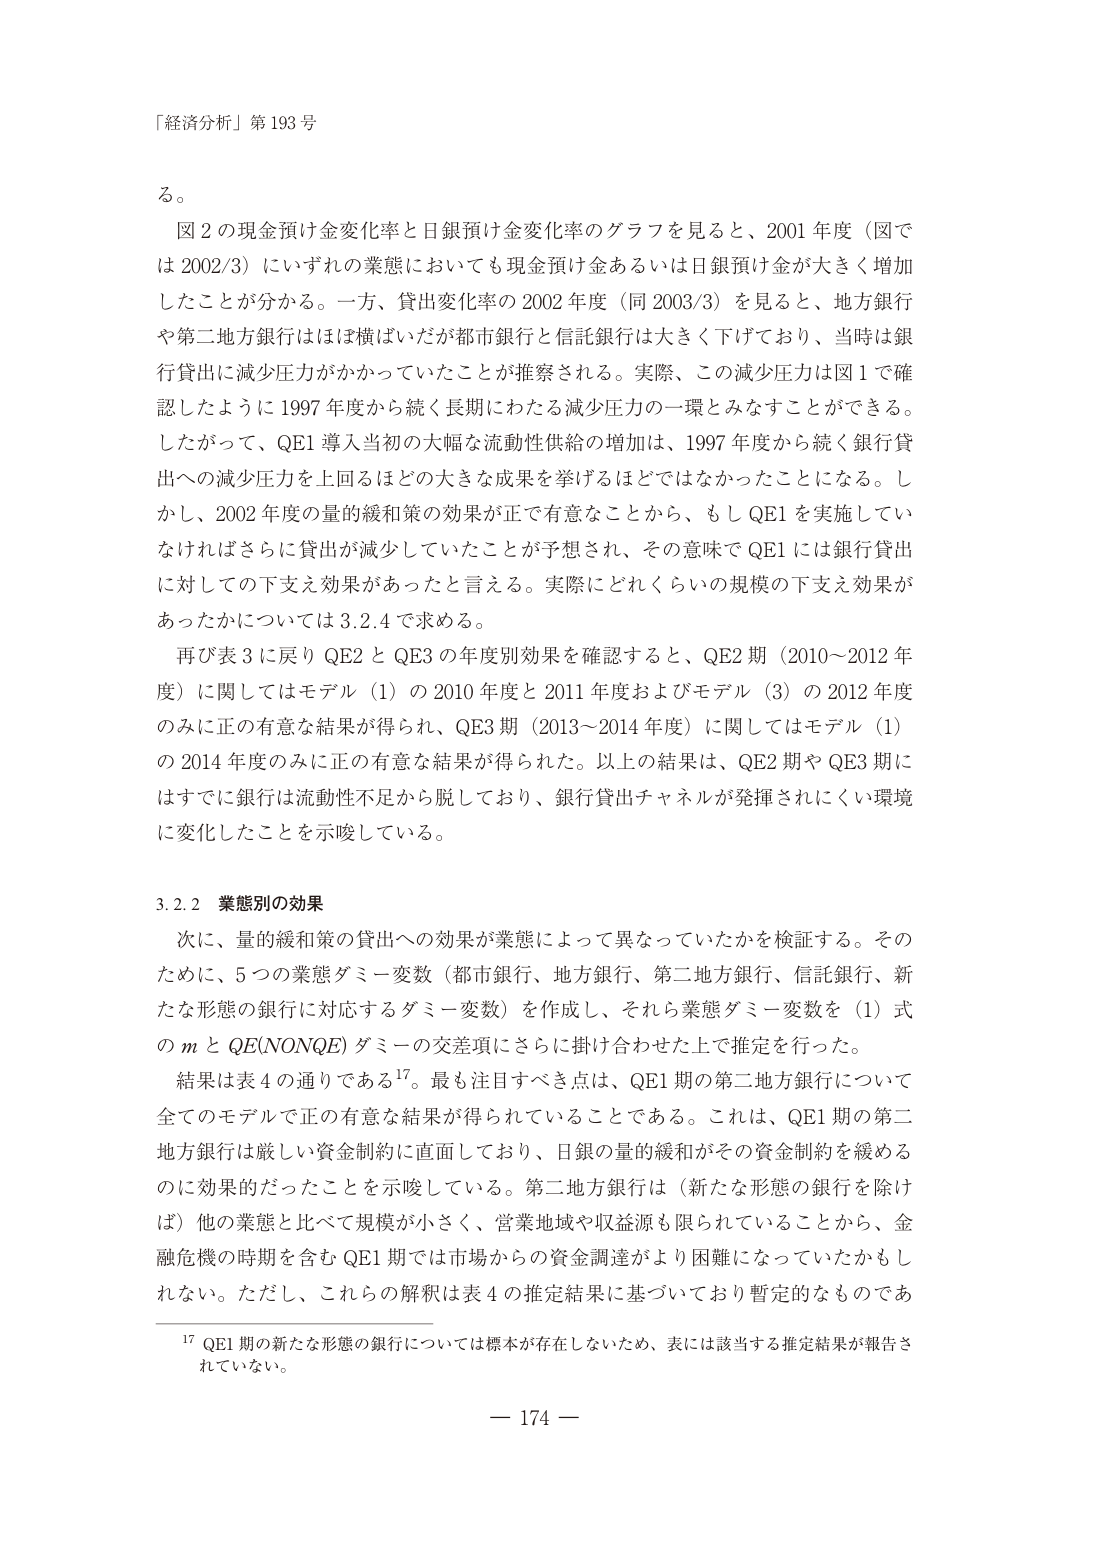
「経済分析」第 193 号

る。

図 2 の現金預け金変化率と日銀預け金変化率のグラフを見ると、2001 年度（図では 2002/3）にいずれの業態においても現金預け金あるいは日銀預け金が大きく増加したことが分かる。一方、貸出変化率の 2002 年度（同 2003/3）を見ると、地方銀行や第二地方銀行はほぼ横ばいだが都市銀行と信託銀行は大きく下げており、当時は銀行貸出に減少圧力がかかっていたことが推察される。実際、この減少圧力は図 1 で確認したように 1997 年度から続く長期にわたる減少圧力の一環とみなすことができる。したがって、QE1 導入当初の大幅な流動性供給の増加は、1997 年度から続く銀行貸出への減少圧力を上回るほどの大きな成果を挙げるほどではなかったことになる。しかし、2002 年度の量的緩和策の効果が正で有意なことから、もし QE1 を実施していなければさらに貸出が減少していたことが予想され、その意味で QE1 には銀行貸出に対しての下支え効果があったと言える。実際にどれくらいの規模の下支え効果があったかについては 3.2.4 で求める。

再び表 3 に戻り QE2 と QE3 の年度別効果を確認すると、QE2 期（2010～2012 年度）に関してはモデル（1）の 2010 年度と 2011 年度およびモデル（3）の 2012 年度のみに正の有意な結果が得られ、QE3 期（2013～2014 年度）に関してはモデル（1）の 2014 年度のみに正の有意な結果が得られた。以上の結果は、QE2 期や QE3 期にはすでに銀行は流動性不足から脱しており、銀行貸出チャネルが発揮されにくい環境に変化したことを示唆している。

3.2.2 業態別の効果

次に、量的緩和策の貸出への効果が業態によって異なっていたかを検証する。そのため、5 つの業態ダミー変数（都市銀行、地方銀行、第二地方銀行、信託銀行、新たな形態の銀行に対応するダミー変数）を作成し、それら業態ダミー変数を（1）式の m と QE(NONQE) ダミーの交差項にさらに掛け合わせた上で推定を行った。

結果は表 4 の通りである17。最も注目すべき点は、QE1 期の第二地方銀行について全てのモデルで正の有意な結果が得られていることである。これは、QE1 期の第二地方銀行は厳しい資金制約に直面しており、日銀の量的緩和がその資金制約を緩めるのに効果的だったことを示唆している。第二地方銀行は（新たな形態の銀行を除けば）他の業態と比べて規模が小さく、営業地域や収益源も限られていることから、金融危機の時期を含む QE1 期では市場からの資金調達がより困難になっていたかもしれない。ただし、これらの解釈は表 4 の推定結果に基づいており暫定的なものである

17 QE1 期の新たな形態の銀行については標本が存在しないため、表には該当する推定結果が報告されていない。

— 174 —